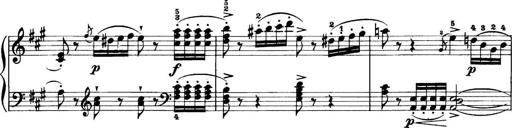
Title: 11 Sonatinas
Composer: Anton Diabelli